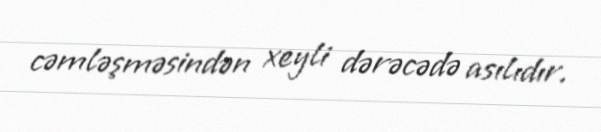
cəmləşməsindən xeyli dərəcədə asılıdır.